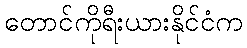
တောင်ကိုရီးယားနိုင်ငံက